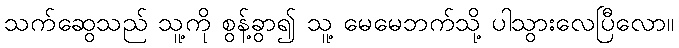
သက်ဆွေသည် သူ့ကို စွန့်ခွာ၍ သူ့ မေမေဘက်သို့ ပါသွားလေပြီလော။